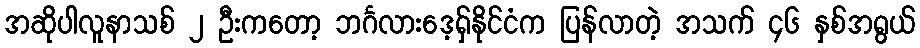
အဆိုပါလူနာသစ် ၂ ဦးကတော့ ဘင်္ဂလားဒေ့ရှ်နိုင်ငံက ပြန်လာတဲ့ အသက် ၄၆ နှစ်အရွယ်